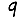
Digit: 9